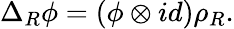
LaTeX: \Delta_{R}\phi=(\phi\otimes id)\rho_{R}.